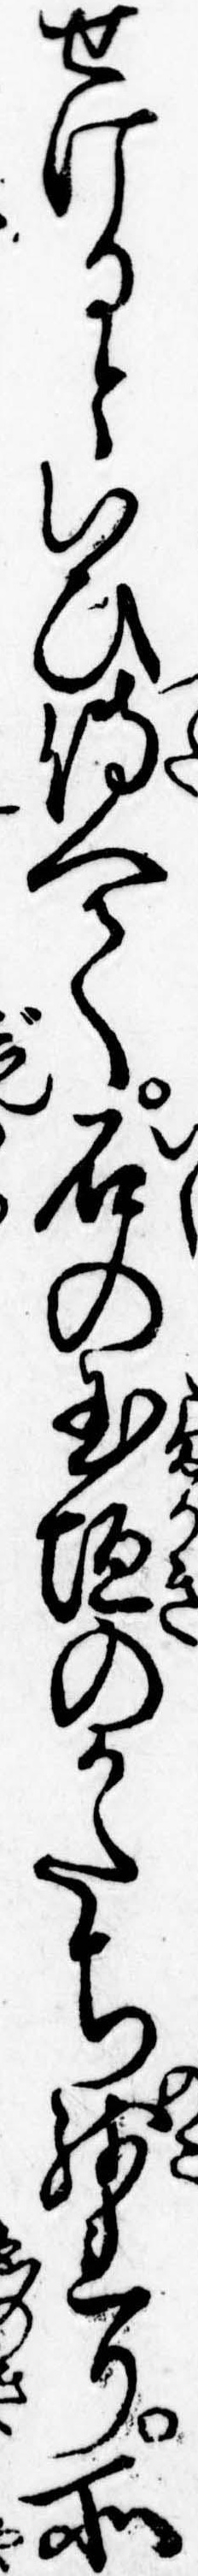
せけるといひ伝へて石の玉垣のかたち残れり所